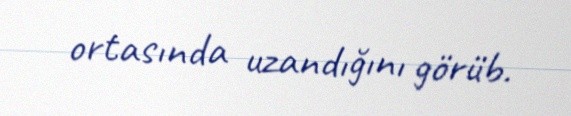
ortasında uzandığını görüb.